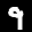
Label: 9